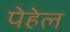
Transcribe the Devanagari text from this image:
पेहेल